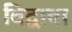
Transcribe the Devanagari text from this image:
विद्वाता